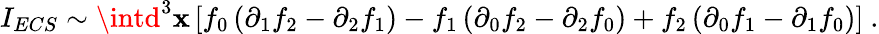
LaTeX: I_{ECS}\sim\intd^{3}\mathbf{x}\left[f_{0}\left(\partial_{1}f_{2}-\partial_{2}f_{1}\right)-f_{1}\left(\partial_{0}f_{2}-\partial_{2}f_{0}\right)+f_{2}\left(\partial_{0}f_{1}-\partial_{1}f_{0}\right)\right]\ .